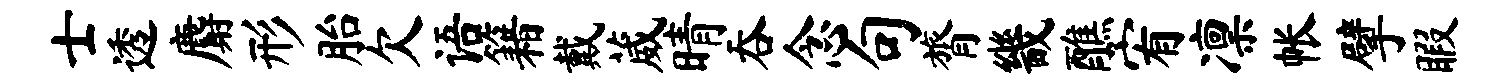
士透麝形胎欠语籍戴葳晴吞念句膂畿醮宥凛帐擘暇